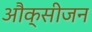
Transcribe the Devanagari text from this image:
औक्सीजन